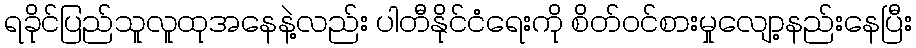
ရခိုင်ပြည်သူလူထုအနေနဲ့လည်း ပါတီနိုင်ငံရေးကို စိတ်ဝင်စားမှုလျော့နည်းနေပြီး